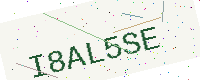
Text: I8AL5SE